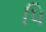
પિ